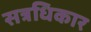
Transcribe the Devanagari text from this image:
सत्रधिकार